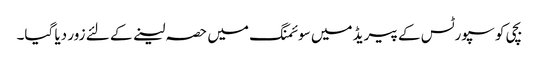
بچی کو سپورٹس کے پیریڈ میں سوئمنگ میں حصہ لینے کے لئے زور دیا گیا۔